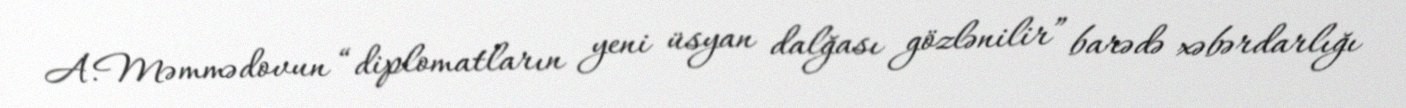
A.Məmmədovun “diplomatların yeni üsyan dalğası gözlənilir” barədə xəbərdarlığı